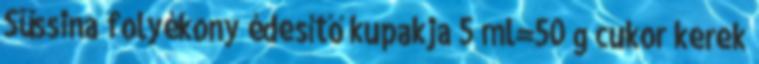
Süssina folyékony édesítő kupakja 5 ml=50 g cukor kerek